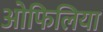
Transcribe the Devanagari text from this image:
ओफिलिया